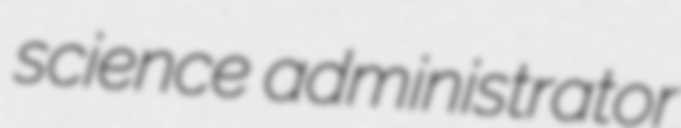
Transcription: science administrator